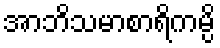
အာဘိသမာစာရိကမ္ပိ